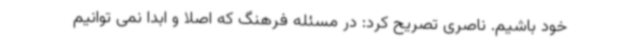
خود باشیم. ناصری تصریح کرد: در مسئله فرهنگ که اصلا و ابدا نمی توانیم